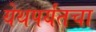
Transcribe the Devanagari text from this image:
येथपर्यंतचा